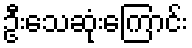
ဦးသေဆုံးကြောင်း